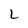
Character: k